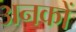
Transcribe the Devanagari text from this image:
अनकों